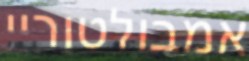
אמבולטוריי